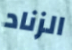
الزناد